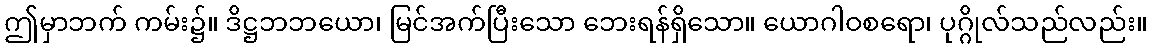
ဤမှာဘက် ကမ်း၌။ ဒိဋ္ဌဘဘယော၊ မြင်အက်ပြီးသော ဘေးရန်ရှိသော။ ယောဂါဝစရော၊ ပုဂ္ဂိုလ်သည်လည်း။